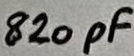
Text: 820pF